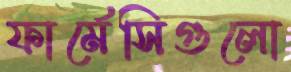
ফার্মেসিগুলো